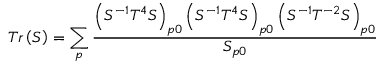
T r \left( S \right) = \sum _ { p } \frac { \left( S ^ { - 1 } T ^ { 4 } S \right) _ { p 0 } \left( S ^ { - 1 } T ^ { 4 } S \right) _ { p 0 } \left( S ^ { - 1 } T ^ { - 2 } S \right) _ { p 0 } } { S _ { p 0 } }